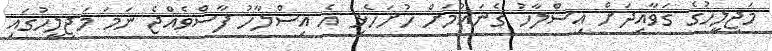
މަޖިލީހުގެ ގަވާއިދަށް އިސްލާހު ގެނައުމަށް ހުށަހެޅި އެ އިސްލާހު ފާސްވެއްޖެ ނަމަ މަޖިލީހުގައި